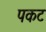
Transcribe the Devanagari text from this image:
पकट